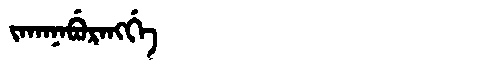
Manchu: ᠵᠠᡴᠠᠨᠠᠪᡠᡵᠠᠩᡤᡝ
Romanization: JAKANABURANGGE